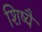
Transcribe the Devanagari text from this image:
शिष्यै